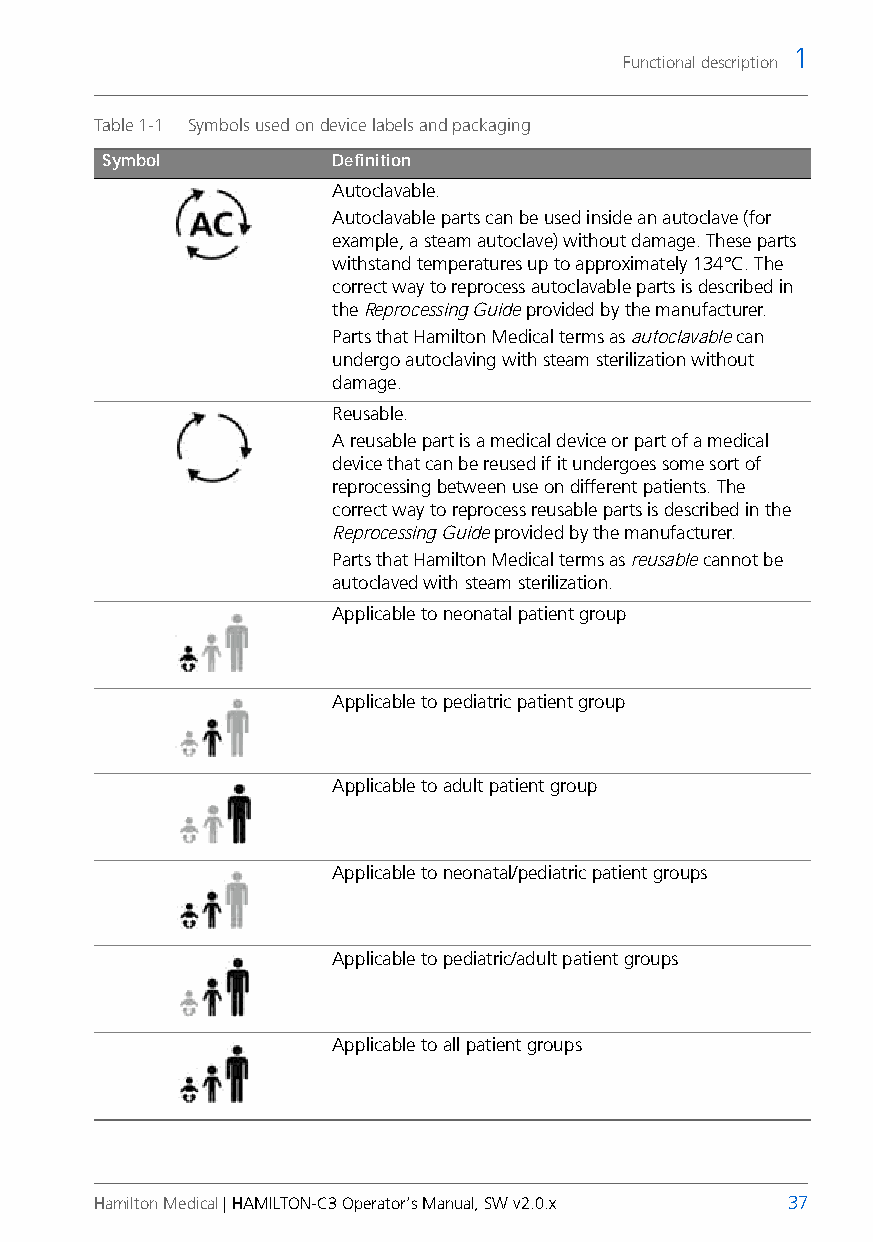
1
 Functional description
 Table 1-1 Symbols used on device labels and packaging
 Symbol         Definition
 Autoclavable.
 Autoclavable parts can be used inside an autoclave (for
 example, a steam autoclave) without damage. These parts
 withstand temperatures up to approximately 134°C. The
 correct way to reprocess autoclavable parts is described in
 the Reprocessing Guide provided by the manufacturer.
 Parts that Hamilton Medical terms as autoclavable can
 undergo autoclaving with steam sterilization without
 damage.
 Reusable.
 A reusable part is a medical device or part of a medical
 device that can be reused if it undergoes some sort of
 reprocessing between use on different patients. The
 correct way to reprocess reusable parts is described in the
 Reprocessing Guide provided by the manufacturer.
 Parts that Hamilton Medical terms as reusable cannot be
 autoclaved with steam sterilization.
 Applicable to neonatal patient group
 Applicable to pediatric patient group
 Applicable to adult patient group
 Applicable to neonatal/pediatric patient groups
 Applicable to pediatric/adult patient groups
 Applicable to all patient groups
 Hamilton Medical | HAMILTON-C3 Operator’s Manual, SW v2.0.x 37